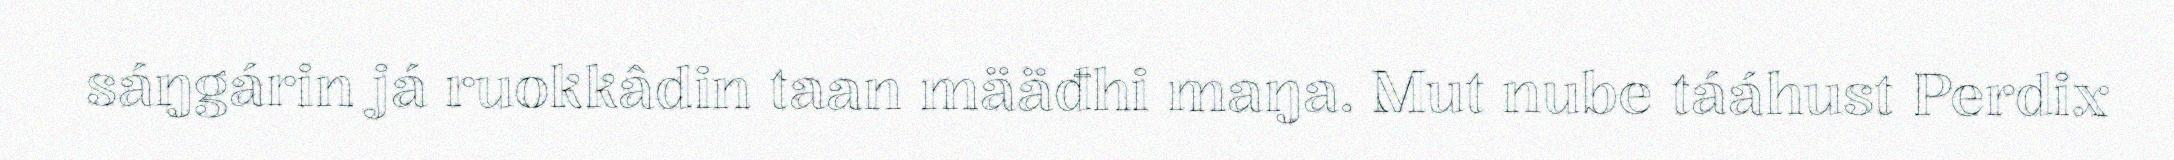
sáŋgárin já ruokkâdin taan määđhi maŋa. Mut nube tááhust Perdix